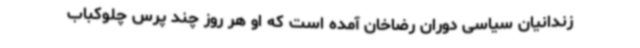
زندانیان سیاسی دوران رضاخان آمده ‌است که او هر روز چند پرس چلوکباب